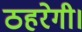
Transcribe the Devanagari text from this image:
ठहरेगी।